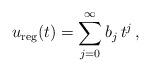
LaTeX: \begin{align*}u_{\rm reg}(t)=\sum_{j=0}^\infty b_j\,t^j\,, \end{align*}